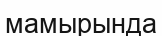
мамырында